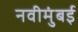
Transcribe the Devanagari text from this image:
नवीमुंबई